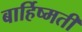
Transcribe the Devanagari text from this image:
बार्हिष्मती